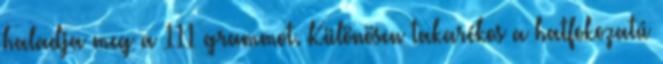
haladja meg a 111 grammot. Különösen takarékos a hatfokozatú